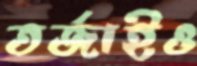
তর্জাইও